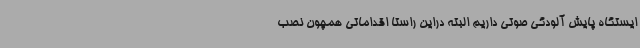
ایستگاه پایش آلودگی صوتی داریم البته دراین راستا اقداماتی همچون نصب